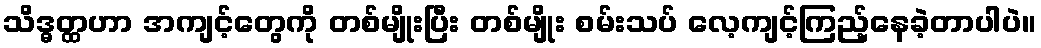
သိဒ္ဓတ္ထဟာ အကျင့်တွေကို တစ်မျိုးပြီး တစ်မျိုး စမ်းသပ် လေ့ကျင့်ကြည့်နေခဲ့တာပါပဲ။